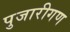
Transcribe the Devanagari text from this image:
पुजारीगण